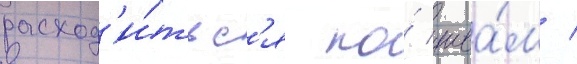
расход'и́тьс'я по́ шва́м /